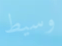
وسيط